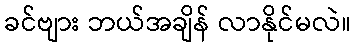
ခင်ဗျား ဘယ်အချိန် လာနိုင်မလဲ။